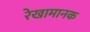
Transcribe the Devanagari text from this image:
रेखामानक